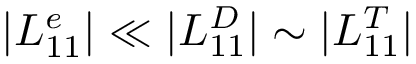
| L _ { 1 1 } ^ { e } | \ll | L _ { 1 1 } ^ { D } | \sim | L _ { 1 1 } ^ { T } |